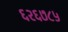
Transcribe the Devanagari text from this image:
६२६७८५